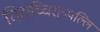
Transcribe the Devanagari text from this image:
तिरुच्चिराप्पल्लि